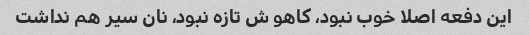
این دفعه اصلا خوب نبود، کاهو ش تازه نبود، نان سیر هم نداشت